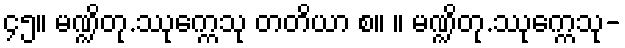
၄၅။ မဏ္ဍိတု.ဿုက္ကေသု တတိယာ စ။ ။ မဏ္ဍိတု.ဿုက္ကေသု-